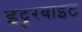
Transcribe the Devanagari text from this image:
इट्टरबाइट